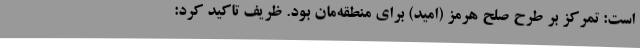
است: تمرکز بر طرح صلح هرمز (امید) برای منطقه‌مان بود. ظریف تاکید کرد: